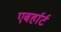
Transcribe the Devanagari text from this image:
एबर्हार्ट